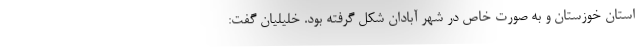
استان خوزستان و به صورت خاص در شهر آبادان شکل گرفته بود. خلیلیان گفت: